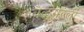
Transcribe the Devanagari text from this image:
बेळगल्ली